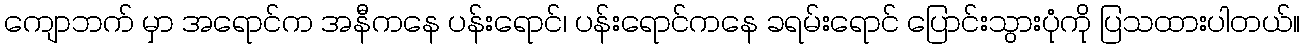
ကျောဘက် မှာ အရောင်က အနီကနေ ပန်းရောင်၊ ပန်းရောင်ကနေ ခရမ်းရောင် ပြောင်းသွားပုံကို ပြသထားပါတယ်။